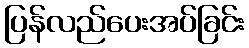
ပြန်လည်ပေးအပ်ခြင်း